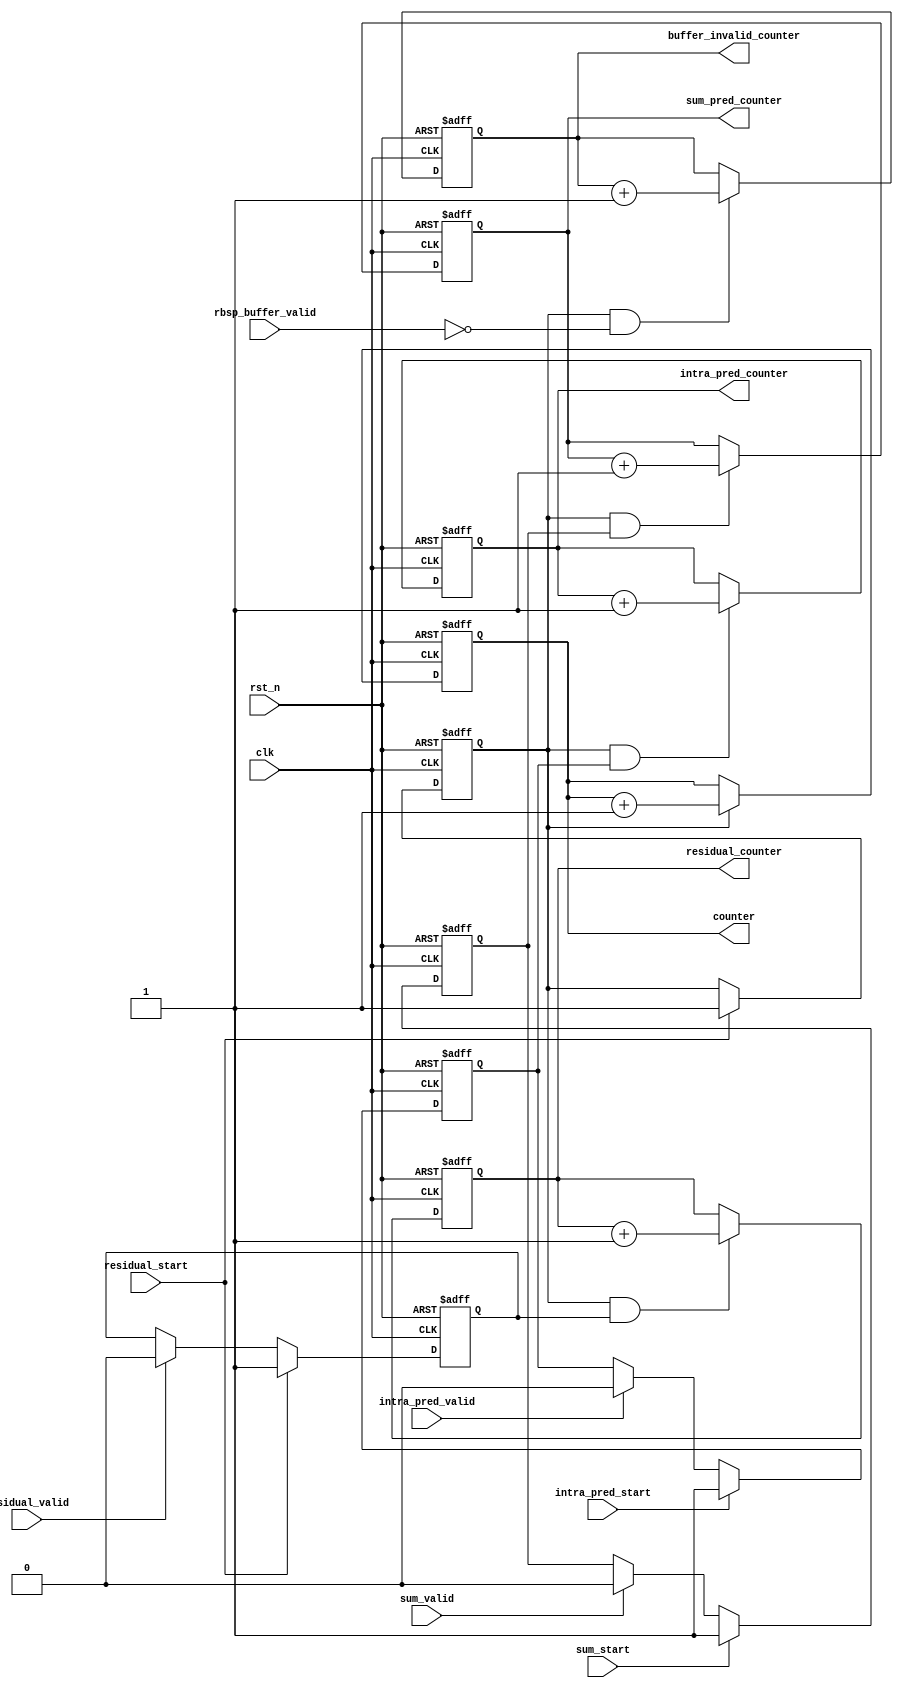
//--------------------------------------------------------------------------------------------------
// Copyright (C) 2013-2017 qiu bin 
// All rights reserved   
// Design    : bitstream_p
// Author(s) : qiu bin
// Phone 15957074161
// QQ:1517642772             
//-------------------------------------------------------------------------------------------------

module debug_stuff(
	input clk,
	input rst_n,
	input rbsp_buffer_valid,
	input residual_start,
	input intra_pred_start,
	input sum_start,
	input residual_valid,
	input intra_pred_valid,
	input sum_valid,

	output reg [63:0] counter,
	output reg [63:0] buffer_invalid_counter,
	output reg [63:0] residual_counter,
	output reg [63:0] intra_pred_counter,
	output reg [63:0] sum_pred_counter
);

reg decode_started;
reg residual_started;
reg intra_pred_started;
reg sum_started;

always @(posedge clk or negedge rst_n)
if (~rst_n)
	decode_started <= 0;
else if (residual_start)
	decode_started <= 1'b1;

always @(posedge clk or negedge rst_n)
if (~rst_n)
	buffer_invalid_counter <= 64'd0;
else if (decode_started && ~rbsp_buffer_valid)
	buffer_invalid_counter <= buffer_invalid_counter + 1'b1;


always @(posedge clk or negedge rst_n)
if (~rst_n)
	residual_started <= 0;
else if (residual_start)
	residual_started <= 1'b1;
else if (residual_valid)
	residual_started <= 1'b0;

always @(posedge clk or negedge rst_n)
if (~rst_n)
	intra_pred_started <= 0;
else if (intra_pred_start)
	intra_pred_started <= 1'b1;
else if (intra_pred_valid)
	intra_pred_started <= 1'b0;

always @(posedge clk or negedge rst_n)
if (~rst_n)
	sum_started <= 0;
else if (sum_start)
	sum_started <= 1'b1;
else if (sum_valid)
	sum_started <= 1'b0;

always @(posedge clk or negedge rst_n)
if (~rst_n)
	counter <= 0;
else if (decode_started)
	counter <= counter + 1'b1;

always @(posedge clk or negedge rst_n)
if (~rst_n)
	residual_counter <= 0;
else if (decode_started && residual_started)
	residual_counter <= residual_counter + 1'b1;
	
always @(posedge clk or negedge rst_n)
if (~rst_n)
	intra_pred_counter <= 0;
else if (decode_started && intra_pred_started)
	intra_pred_counter <= intra_pred_counter + 1'b1;
	
always @(posedge clk or negedge rst_n)
if (~rst_n)
	sum_pred_counter <= 0;
else if (decode_started && sum_started)
	sum_pred_counter <= sum_pred_counter + 1'b1;
	
endmodule